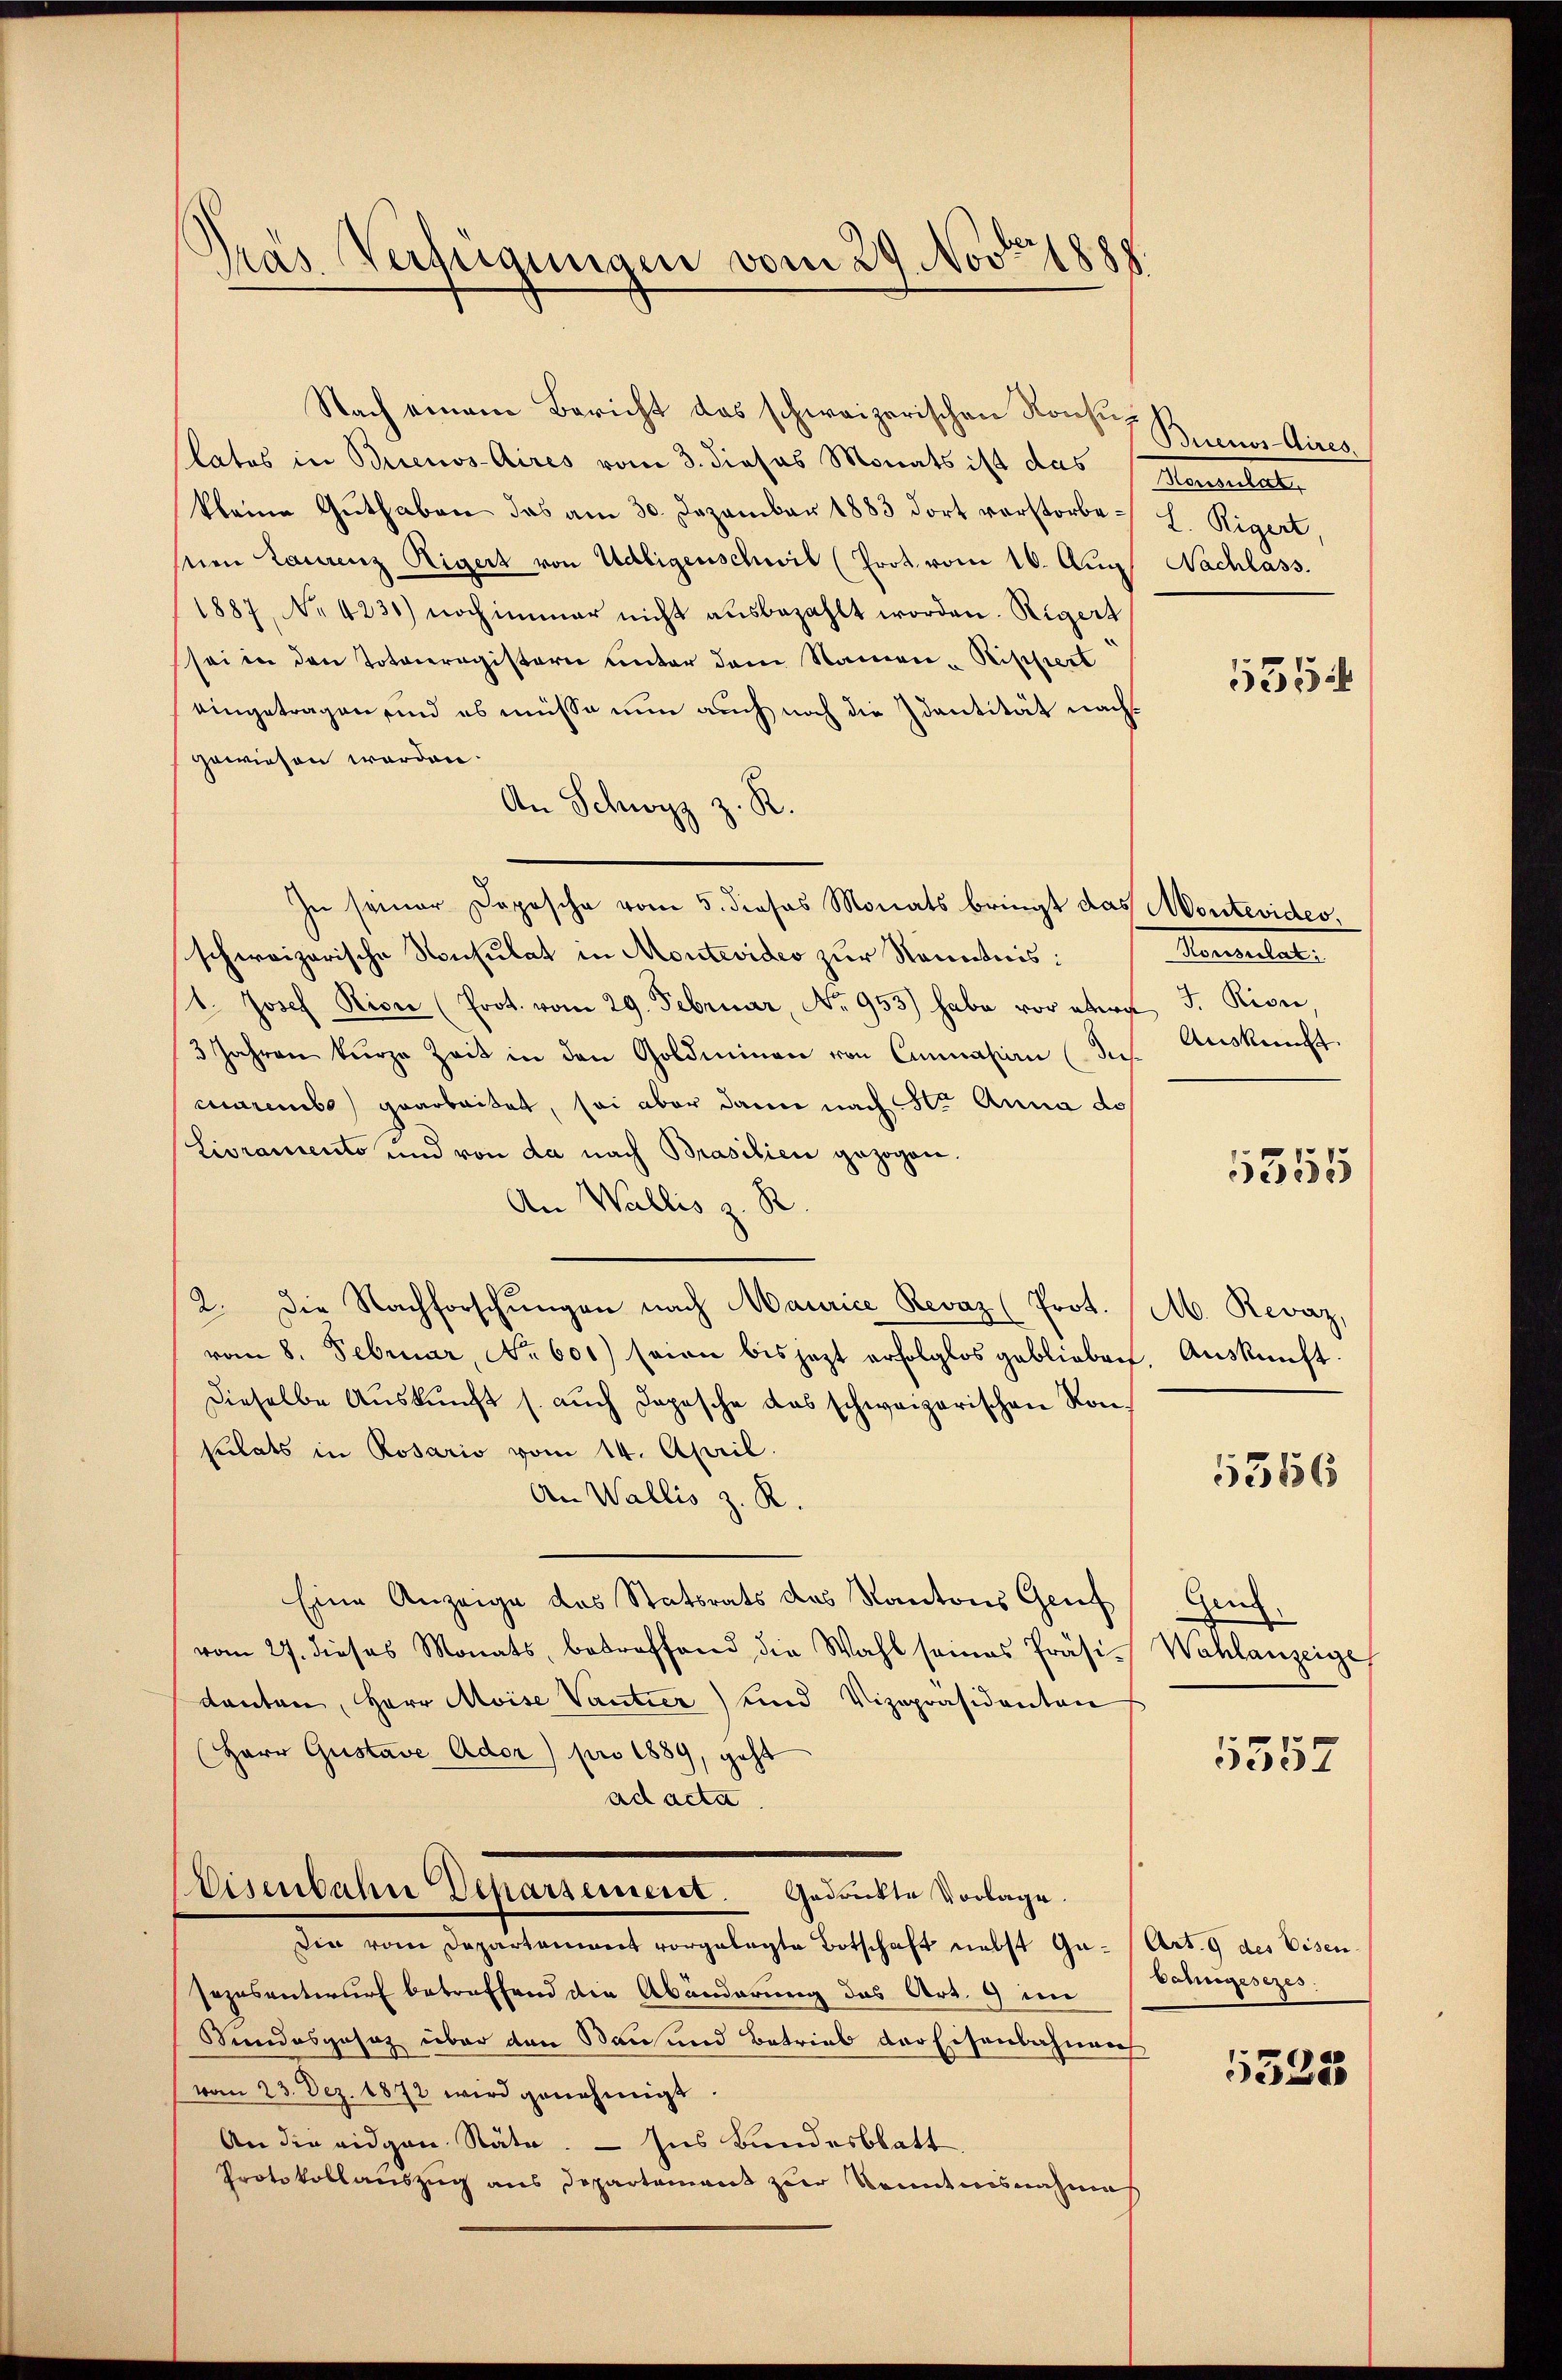
Präs. Verfügungen vom 29. Nov. 1888.

Nach einem Bericht das schweizerischen Konsul Buenos-Aires.
latos in Brienos-Aires vom 3. dieses Monats ist das
kleine Guthaben das am 30. Dezember 1883 dort verstorbesen Laurenz Rigert von Udligenschwil (Prot vom 16. Aug. Nachlass.
1887, No 4231) noch immer nicht aŭsbezahlt worden. Rigert
sei in den Totvieregistern unter dem Namen - Rippert
eingetragen sind es müsse nun auch noch die Identität nach
gewiesen werden.
An Schwyz z. R.
In seiner Deposche vom 5. dieses Monats bringt das Montevides,
schweizerische Konsulat in Montevideo zur Kenntnis:
t. Josef Rion (Prot. vom 29. Februar, No 953) habe vor etwa J. Rivie
3 Jahren kurze Zeit in den Goldminen von Camnasion (de Auskunft
marembo) gearbeitet, sei aber dann nach St. Anna do
Lioramento und von da nach Brasilien gezogen.
An Wallis z. R.
2. Die Nachforschungen nach Maurice Revaz (Prot.
vom 8. Februar, No. 601) seien bis jezt erfolglos geblieben. Aŭskŭnft.
dieselbe Auskunft s. auch Depesche das schweizerischen Konpulats in Rosario vom 14. April.
An Wallis z. R.
Eine Anzeige das Statsrats des Kantons Genf
vom 27. dieses Monats, betreffend die Wahl seines Präsidanten, Herr Moise Vantier) und Vizepräsidenten
Herr Gustav Ador) pro 1889, geht
ad acta.
Eisenbahn Deparsement. Gedankte Vorlage.
sin vom Departammt vorgelegte Botschaft nebst Gasezesentwurf betreffend die Abänderung des Art. 9 im
Sundesgesetz über den Bau und Betrieb der Eisenbahnen
vom 23. Dez. 1872 wird genehmigt.
An die eidgen Stäte. — Ins Bundesblatt
Protokollauszug aus Departement zur Kenntnisnahme

Konsulat,
L. Rigert,

535

Veneraleat

5355

M. Revaz,
5366

Genz.
Wahlanzeige
5552

Art. 9 des Eisen-
Schngesezes.
f

5523